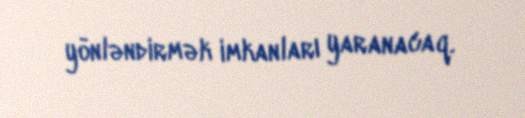
yönləndirmək imkanları yaranacaq.